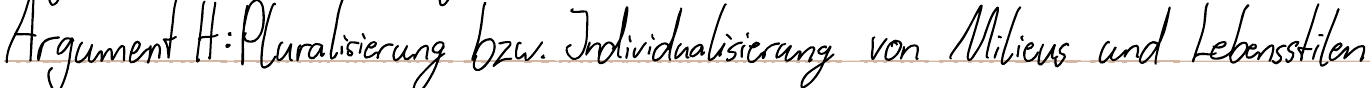
Argument H: Pluralisierung bzw. Individualisierung von Milieus und Lebensstilen